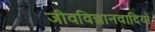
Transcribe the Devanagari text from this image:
जीवविज्ञानवादियों